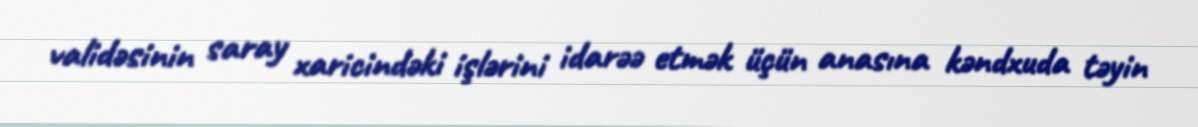
validəsinin saray xaricindəki işlərini idarəə etmək üçün anasına kəndxuda təyin